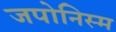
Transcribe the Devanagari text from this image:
जपोनिस्म